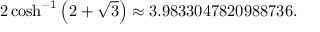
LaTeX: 2 \cosh ^ { - 1 } \left( 2 + { \sqrt { 3 } } \right) \approx 3 . 9 8 3 3 0 4 7 8 2 0 9 8 8 7 3 6 .